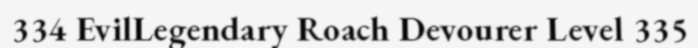
334 EvilLegendary Roach Devourer Level 335